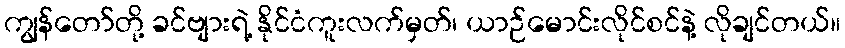
ကျွန်တော်တို့ ခင်ဗျားရဲ့ နိုင်ငံကူးလက်မှတ်၊ ယာဉ်မောင်းလိုင်စင်နဲ့ လိုချင်တယ်။